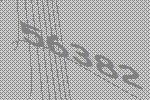
56382